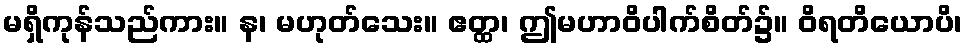
မရှိကုန်သည်ကား။ န၊ မဟုတ်သေး။ ဧတ္ထ၊ ဤမဟာဝိပါက်စိတ်၌။ ဝိရတိယောပိ၊